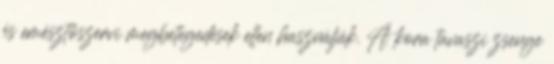
és emésztőszervi megbetegedések ellen használják. A kora tavaszi zsenge